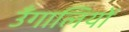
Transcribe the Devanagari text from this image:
उँगालियों